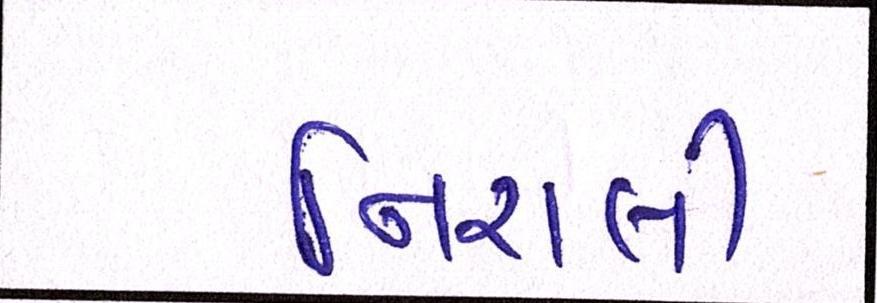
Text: નિરાલી